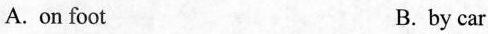
A.on foot B.by car